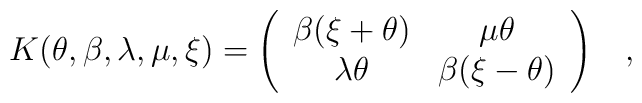
K(\theta,\beta,\lambda,\mu,\xi)=\left( \begin{array}{cc}\beta(\xi+\theta) & \mu \theta \\\lambda \theta & \beta(\xi - \theta)\end{array}  \right)\;\;\;,